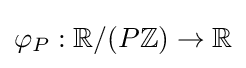
\varphi _{P}:\mathbb {R} /(P\mathbb {Z} )\to \mathbb {R}